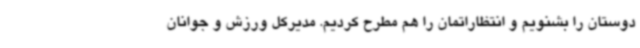
دوستان را بشنویم و انتظاراتمان را هم مطرح کردیم. مدیرکل ورزش و جوانان